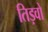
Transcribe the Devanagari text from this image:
तिड़वों